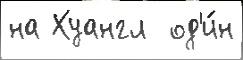
на Хуангл  од'и́н